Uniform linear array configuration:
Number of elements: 48
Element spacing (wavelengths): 0.5
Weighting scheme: kaiser
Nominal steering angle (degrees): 30
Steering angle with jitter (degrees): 28.548
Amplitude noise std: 0.05
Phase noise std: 0.05

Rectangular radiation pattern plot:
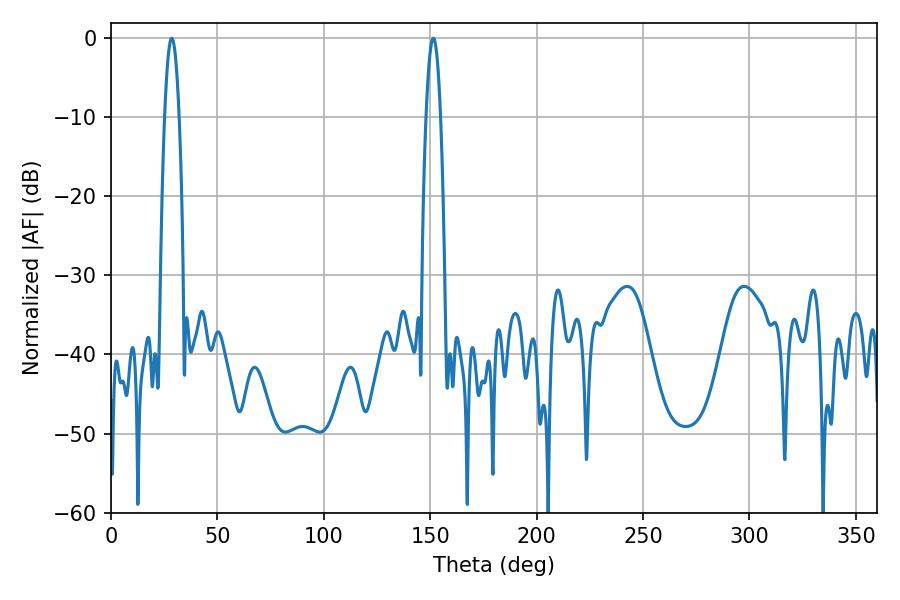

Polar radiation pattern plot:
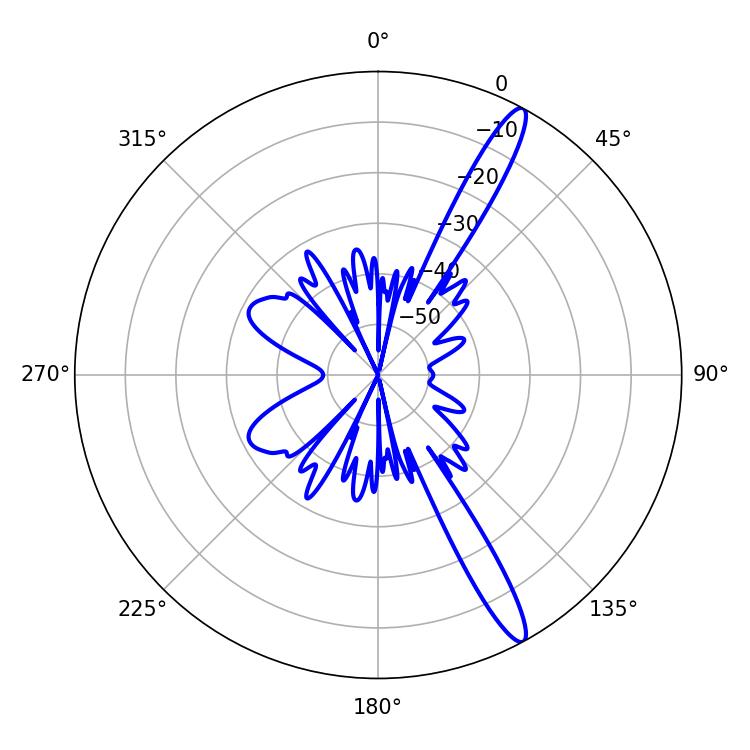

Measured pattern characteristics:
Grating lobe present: FALSE
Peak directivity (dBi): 14.705
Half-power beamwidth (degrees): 3.78
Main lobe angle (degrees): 28.62